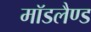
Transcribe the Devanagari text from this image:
मॉडलैण्ड